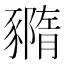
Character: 䝐